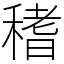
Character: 䅲